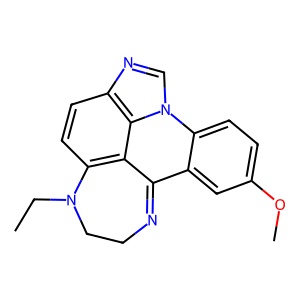
SMILES: CCN1CCN=c2c3cc(OC)ccc3n3cnc4ccc1c2c43
Inhibits HIV replication: No